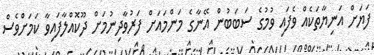
ފަޔަށް އަނިޔާތަކެއް ވެފައި ވުމުގެ ސަބަބުން އޭނާގެ މަންމައަށް ފަރުވާދިނުމަށް ދޫކޮއްލާފައިވާ ކަމަށްވެސް